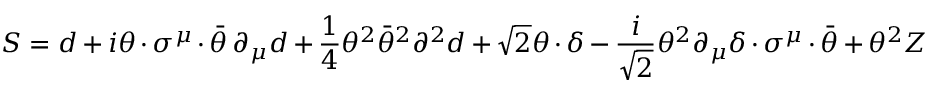
S = d + i \theta \cdot \sigma ^ { \mu } \cdot \bar { \theta } \, \partial _ { \mu } d + \frac { 1 } { 4 } \theta ^ { 2 } \bar { \theta } ^ { 2 } \partial ^ { 2 } d + \sqrt { 2 } \theta \cdot \delta - \frac { i } { \sqrt { 2 } } \theta ^ { 2 } \partial _ { \mu } \delta \cdot \sigma ^ { \mu } \cdot \bar { \theta } + \theta ^ { 2 } Z